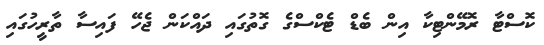
ކޮސްޓާ ރޮމޭންޓިކާ އިން ބެޑް ޓެކްސްގެ ގޮތުގައި ދައްކަން ޖެހޭ ފައިސާ ތާރީހުގައި